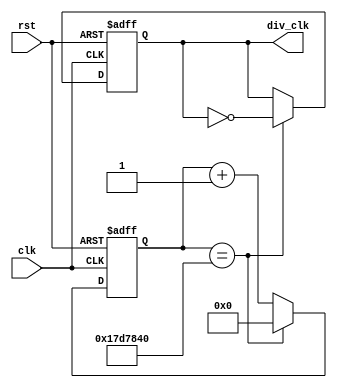
`define TimeExpire 32'd25000000

module clk_div(clk,rst,div_clk);
	input clk,rst;
	output reg div_clk;
	reg [31:0]cnt;
	
	always@(posedge clk or negedge rst)
	begin 
		if(!rst)
		begin 
			cnt <= 32'd0;
			div_clk <= 1'b0;
		end
		else
		begin
			if(cnt == `TimeExpire)
			begin
				cnt <= 32'd0;
				div_clk <= ~div_clk;
			end
			else
			begin 
				cnt <= cnt + 32'd1;
			end
		end
	end
endmodule

module counter(div_clk,rst,set,cnt);
	input div_clk,rst,set;
	output reg [3:0]cnt;
	
	always@(posedge div_clk,negedge rst)
	begin
		if(!rst)
		begin
			cnt <= 4'd0;
		end
		else
		begin
			if(set == 1'b1)
			begin
				cnt <= cnt + 4'd1;
			end
			else
			begin 
				cnt <= cnt - 4'd1;
			end
		end
	end
endmodule

module seven_display (cnt,out);
input [3:0]cnt;
output reg [6:0]out;
always @(cnt) 
begin
    case(cnt)
        4'd0:
        out=7'b1000000;
        4'd1:
        out=7'b1111001;
        4'd2:
        out=7'b0100100;
        4'd3:
        out=7'b0110000;
        4'd4:
        out=7'b0011001;
        4'd5:
        out=7'b0010010;
        4'd6:
        out=7'b0000010;
        4'd7:
        out=7'b1111000;
        4'd8:
        out=7'b0000000;
        4'd9:
        out=7'b0010000;
        4'd10:
        out=7'b0001000;
        4'd11:
        out=7'b0000011;
        4'd12:
        out=7'b1000110;
        4'd13:
        out=7'b0100001;
        4'd14:
        out=7'b0000110;
        4'd15:
        out=7'b0111000;
    endcase
end
endmodule

module test(rst,clk,set,out);
	input rst, clk,set;
	output [6:0]out;
	wire div_clk;
	wire[3:0]cnt;

	clk_div u_clk_div(.clk(clk),.rst(rst),.div_clk(div_clk));
	counter u_counter(.div_clk(div_clk),.rst(rst),.set(set),.cnt(cnt));
	seven_display u_seven_display(.cnt(cnt),.out(out));
endmodule